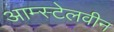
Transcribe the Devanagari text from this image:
आम्स्टेलवीन